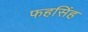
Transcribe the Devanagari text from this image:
फहसिंह